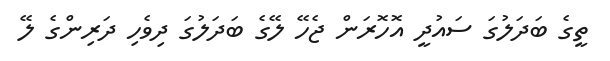
ތީގެ ބަދަލުގަ ސައުދީ އޮހޮރަން ޖެހޭ ލޭގެ ބަދަލުގަ ދިވެހި ދަރިންގެ ލޭ